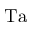
\mathrm { T a }